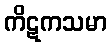
ကိဋကသမာ